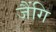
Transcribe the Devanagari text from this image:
जैंगि